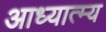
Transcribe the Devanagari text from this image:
आध्यात्म्य